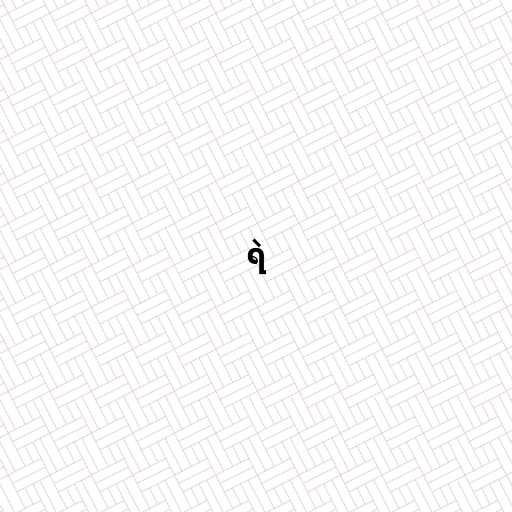
ရဲ